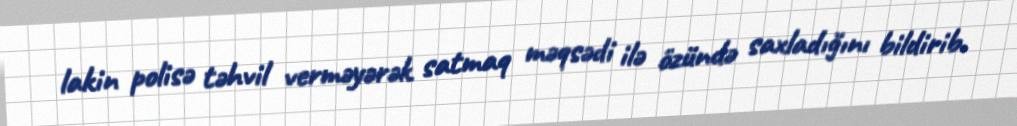
lakin polisə təhvil verməyərək satmaq məqsədi ilə özündə saxladığını bildirib.